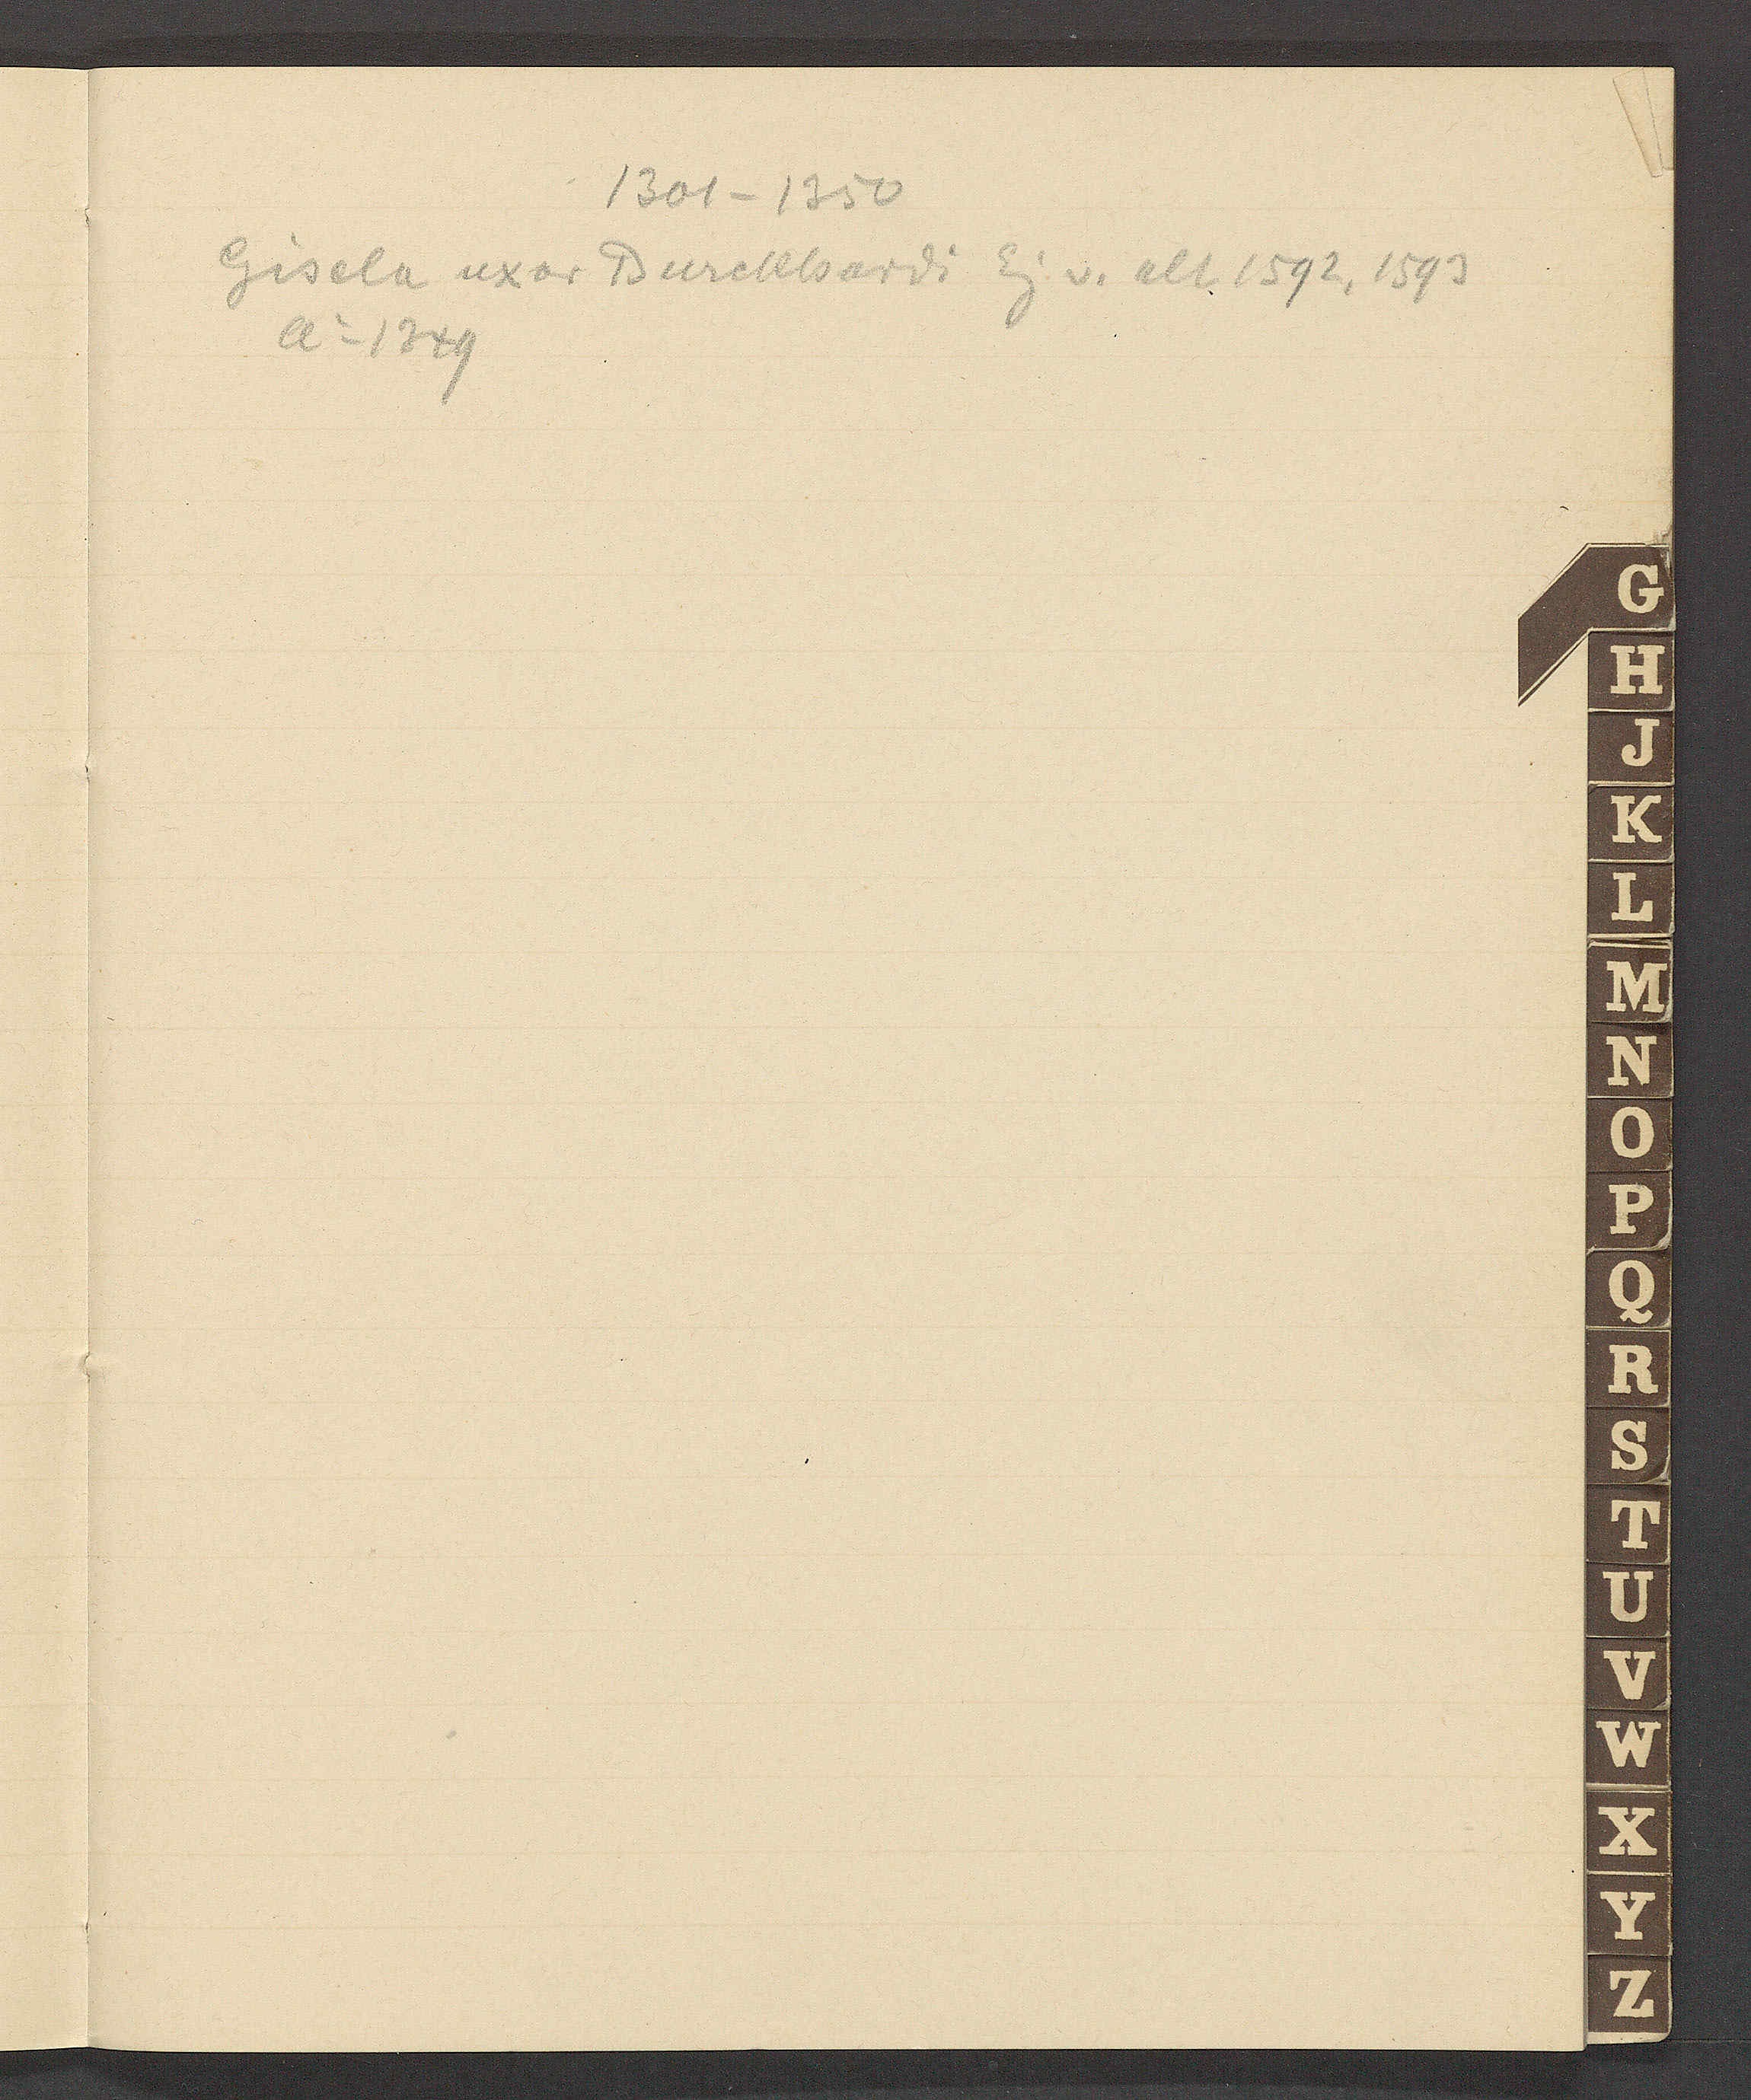
Transcript:
1301 – 1350
Gisela uxor Burckhardi Eig v. alt 1592,1593
Ao 1349